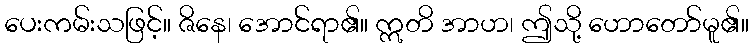
ပေးကမ်းသဖြင့်။ ဇိနေ၊ အောင်ရာ၏။ ဣတိ အာဟ၊ ဤသို့ ဟောတော်မူ၏။